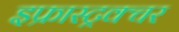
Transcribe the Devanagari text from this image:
इफ्रास्ट्रक्चर